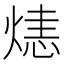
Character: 𤌷